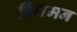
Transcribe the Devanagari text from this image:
ब्रिंगमन